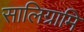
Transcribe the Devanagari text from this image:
सालिग्रामि